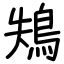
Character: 鴩